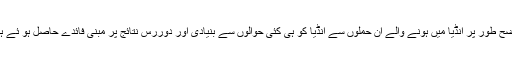
واضح طور پر انڈیا میں ہونے والے ان حملوں سے انڈیا کو ہی کئی حوالوں سے بنیادی اور دوررس نتائج پر مبنی فائدے حاصل ہو ئے ہیں۔